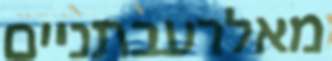
מאלרעבתניים